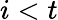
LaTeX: i<t